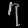
Digit: ၇